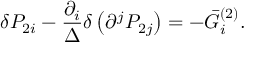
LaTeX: \delta P _ { 2 i } - \frac { \partial _ { i } } \Delta \delta \left( \partial ^ { j } P _ { 2 j } \right) = - \bar { G } _ { i } ^ { ( 2 ) } .